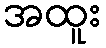
အထူး